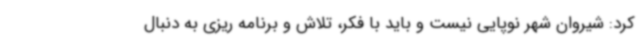
کرد: شیروان شهر نوپایی نیست و باید با فکر، تلاش و برنامه ریزی به دنبال